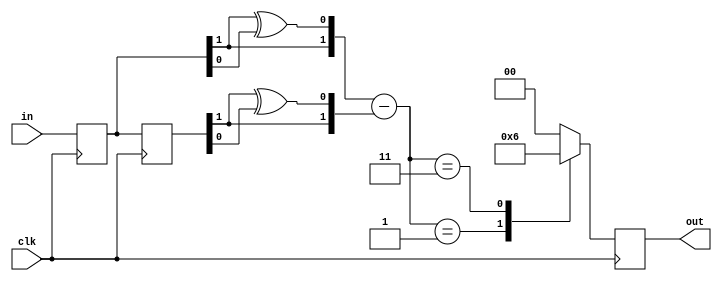
module encoder_read(
    input wire clk,
    input wire [1:0] in,
    output reg [1:0] out);

   // register, wire
    reg [1:0] 	in_reg1;
    reg [1:0] 	in_reg2;
    wire [1:0] 	in_num1;
    wire [1:0] 	in_num2;

    assign in_num1[1:0] = {in_reg1[1], (in_reg1[1]^in_reg1[0])};  //^exor
    assign in_num2[1:0] = {in_reg2[1], (in_reg2[1]^in_reg2[0])};

    always @(posedge clk) begin
        in_reg1[1:0] <= in[1:0];    //in_reg1
        in_reg2[1:0] <= in_reg1[1:0];  //in_reg2in_reg1
    end

    always @(posedge clk) begin
        case (in_num1[1:0] - in_num2[1:0]) //out
            2'd1: out[1:0] <= 2'b01;
            2'd3: out[1:0] <= 2'b10;
            default: out[1:0] <= 2'b00;
        endcase
    end
endmodule